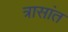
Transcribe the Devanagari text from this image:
त्रासांत